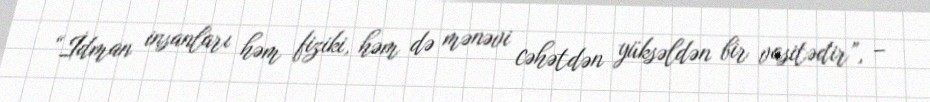
“İdman insanları həm fiziki, həm də mənəvi cəhətdən yüksəldən bir vasitədir”, –